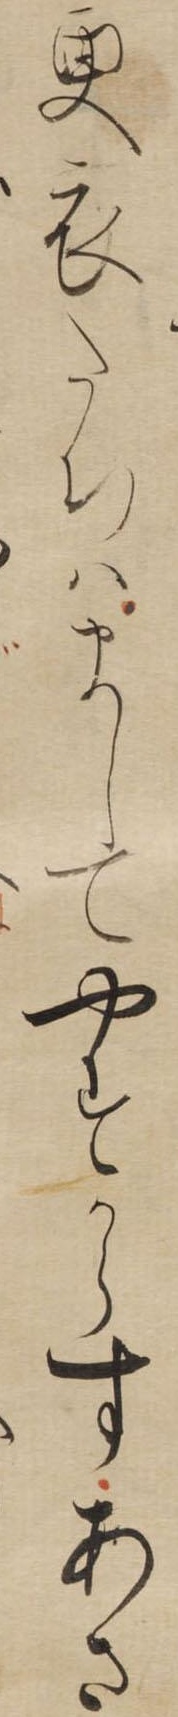
更衣たちはましてやすからすあさ